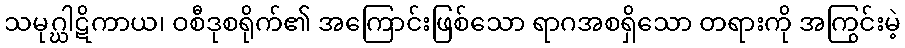
သမုဂ္ဃါဋိကာယ၊ ဝစီဒုစရိုက်၏ အကြောင်းဖြစ်သော ရာဂအစရှိသော တရားကို အကြွင်းမဲ့